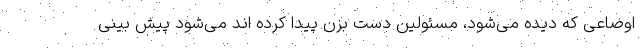
اوضاعی که دیده می‌شود، مسئولین دست بزن پیدا کرده اند می‌شود پیش بینی